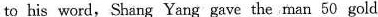
to his word, Shang Yang gave the man 50 gold